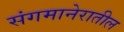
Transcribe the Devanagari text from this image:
संगमानेरातील